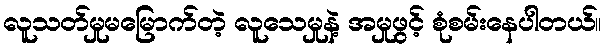
လူသတ်မှုမမြောက်တဲ့ လူသေမှုနဲ့ အမှုဖွင့် စုံစမ်းနေပါတယ်။